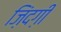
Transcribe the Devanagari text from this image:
ज़िंदग़ी